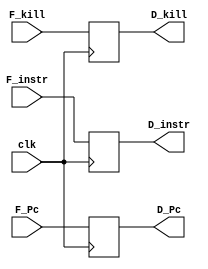
module FD_decoupler
#(parameter INSTR_WIDTH=32, parameter ADDR_WIDTH=32)
(
	input clk,
	input [(INSTR_WIDTH-1):0] F_instr,
	input [(ADDR_WIDTH-1):0] F_Pc,
	input F_kill,
	
	output reg [(INSTR_WIDTH-1):0] D_instr,
	output reg [(ADDR_WIDTH-1):0] D_Pc,
	output reg D_kill
);

	always @(posedge clk) begin
		D_instr <= F_instr;
		D_Pc <= F_Pc;
		D_kill <= F_kill;
	end


endmodule